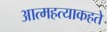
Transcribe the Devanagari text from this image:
आत्महत्याकहते